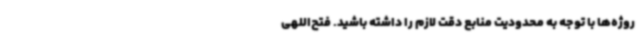
روژه‌ها با توجه به محدودیت منابع دقت لازم را داشته باشید. فتح‌اللهی